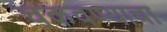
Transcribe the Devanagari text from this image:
चकवण्याचा